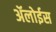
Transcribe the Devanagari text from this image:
ॲलोईस